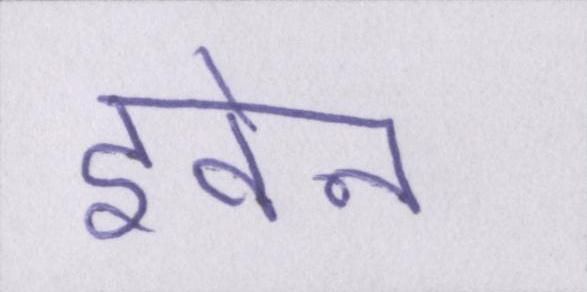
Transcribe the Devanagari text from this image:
इवेन